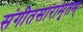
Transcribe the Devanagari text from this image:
संगीतसारामृतम्